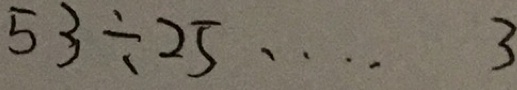
5 3 \div 2 5 \cdots 3